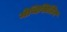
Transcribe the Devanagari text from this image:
मेथिसिलिन